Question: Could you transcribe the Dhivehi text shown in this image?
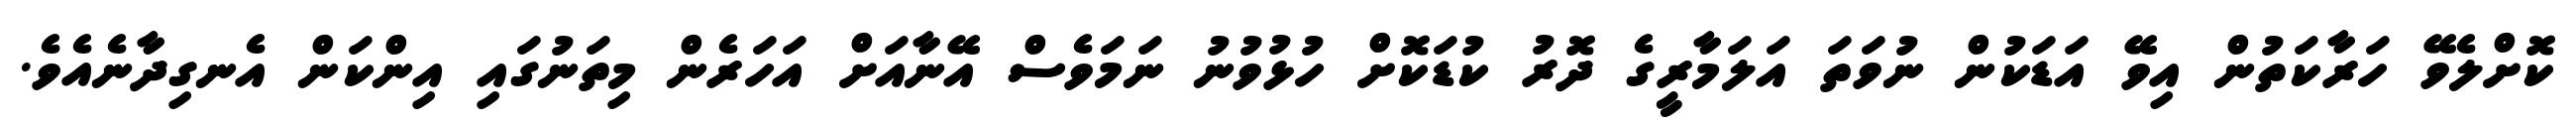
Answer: ކޮށްލެވޭ ހަރާކަތުން އިވޭ އަޑަކުން ނުވަތަ އަލަމާރީގެ ދޮރު ކުޑަކޮށް ހުޅުވުނު ނަމަވެސް އޭނާއަށް އަހަރެން މިތަނުގައި އިންކަން އެނގިދާނެއެވެ.